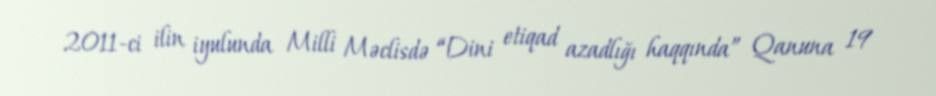
2011-ci ilin iyulunda Milli Məclisdə “Dini etiqad azadlığı haqqında” Qanuna 19